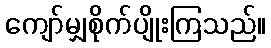
ကျော်မျှစိုက်ပျိုးကြသည်။